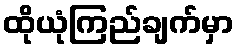
ထိုယုံကြည်ချက်မှာ